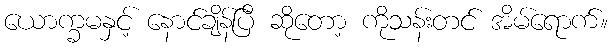
ယောက္ခမနှင့် နောင်ချိန်ပြီ ဆိုတော့ ကိုသန်းတင် အိမ်ရောက်။